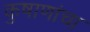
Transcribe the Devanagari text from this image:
कुषाणांचा